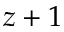
z + 1